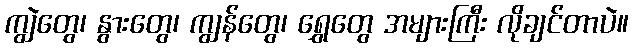
ကျွဲတွေ၊ နွားတွေ၊ ကျွန်တွေ၊ ရွှေတွေ အများကြီး လိုချင်တာပဲ။